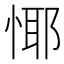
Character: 𢝞